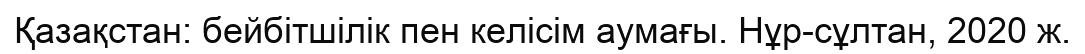
Қазақстан: бейбітшілік пен келісім аумағы. Нұр-сұлтан, 2020 ж.